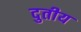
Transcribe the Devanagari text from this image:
दुतीय